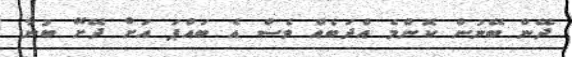
ދޭން ބޭނުން ކޮންމެ އްދަބެއް ވެސް އެ ބައްޕަ އަށް ދޭށޭ ބުނާ